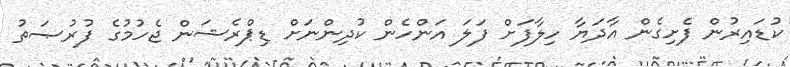
ކުޑައިރުން ފެށިގެން އާދަޔާ ހިލާފަށް ފަލަ އަންހެން ކުދިންނަށް ޑިޕްރެޝަން ޖެހުމުގެ ފުރުޞަތު